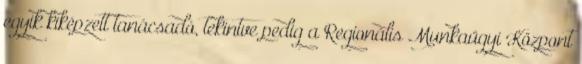
egyik kiképzett tanácsadó, tekintve pedig a Regionális Munkaügyi Központ